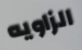
الزاويه